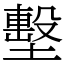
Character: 墼